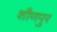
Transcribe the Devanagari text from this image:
शौणपुर